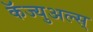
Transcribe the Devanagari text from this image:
कॅज्युअल्स्